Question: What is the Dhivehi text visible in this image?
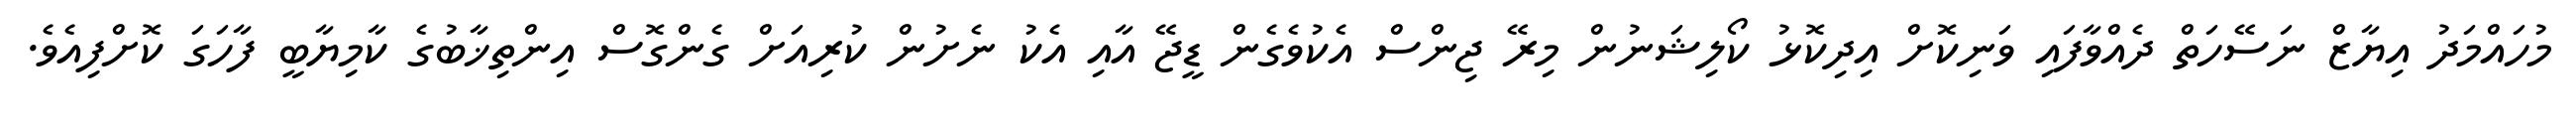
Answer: މުހައްމަދު އިޔާޒް ނަސޭހަތް ދެއްވާފައި ވަނިކޮށް އިދިކޮޅު ކޯލިޝަނުން މިރޭ ޖިންސް އެކުވެގެން ޑީޖޭ އާއި އެކު ނެށުން ކުރިއަށް ގެންގޮސް އިންތިޚާބުގެ ކާމިޔާބީ ފާހަގަ ކޮށްފިއެވެ.